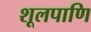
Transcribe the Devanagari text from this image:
शूलपाणि